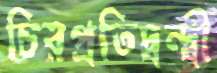
চিরপ্রতিদ্বন্দ্বী